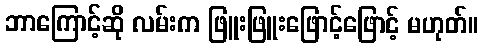
ဘာကြောင့်ဆို လမ်းက ဖြူးဖြူးဖြောင့်ဖြောင့် မဟုတ်။